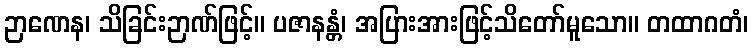
ဉာဏေန၊ သိခြင်းဉာဏ်ဖြင့်။ ပဇာနန္တံ၊ အပြားအားဖြင့်သိတော်မူသော။ တထာဂတံ၊